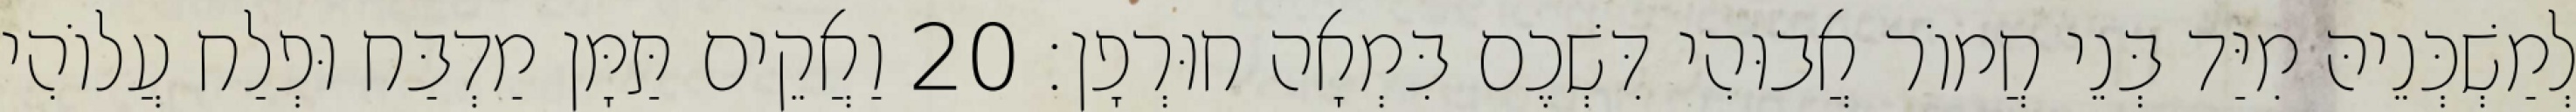
לְמַשְׁכְּנֵיהּ מִיַּד בְּנֵי חֲמוֹר אֲבוּהִי דִּשְׁכֶם בִּמְאָה חוּרְפָן׃ 20 וַאֲקֵים תַּמָּן מַדְבַּח וּפְלַח עֲלוֹהִי